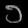
Digit: ၁